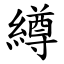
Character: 繜